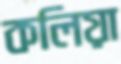
কলিয়া